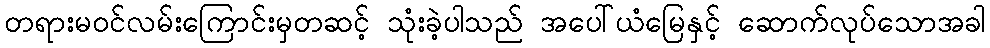
တရားမဝင်လမ်းကြောင်းမှတဆင့် သုံးခဲ့ပါသည် အပေါ်ယံမြေနှင့် ဆောက်လုပ်သောအခါ